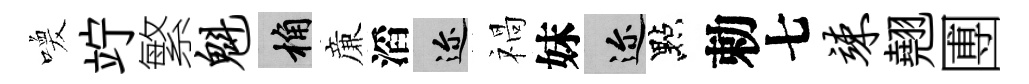
喚竚繁魁桷亷滔邇禍妹邇點勅七竦翹圑